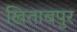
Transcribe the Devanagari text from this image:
खिताबपुर